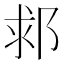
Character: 䣇